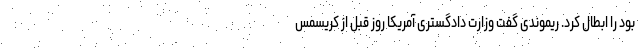
بود را ابطال کرد. ریموندی گفت وزارت دادگستری آمریکا روز قبل از کریسمس